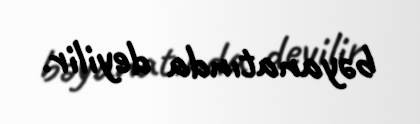
bəyanatında deyilir.